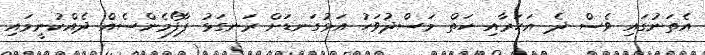
އެތަނުގައި ވެސް ދެ އަހަރާއި ހަތް މަސްދުވަހު އަޅުގަނޑަށް ރަނގަޅު ޕާފޯމެންސެއް ދެއްކުނީމައި